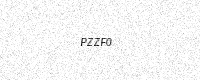
Text: PZZF0